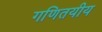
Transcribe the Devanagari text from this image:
गणितयीय